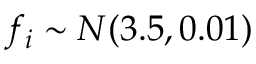
f _ { i } \sim { \cal N } ( 3 . 5 , 0 . 0 1 )